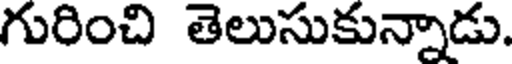
గురించి తెలుసుకున్నాడు.